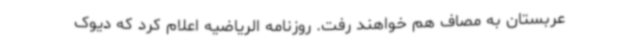
عربستان به مصاف هم خواهند رفت. روزنامه الریاضیه اعلام کرد که دیوک